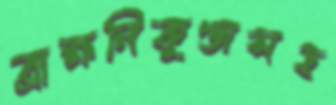
ব্রাহ্মনিকুণ্ডাসহ